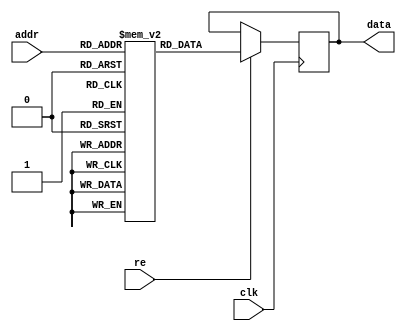
module rom16x8 (clk, re, addr, data); 
  input  clk; 
  input  re; 
  input  [3:0] addr; 
  output [7:0] data; 
  reg [7:0] ROM [15:0]; 
  reg [7:0] data;

  initial 
  begin
    ROM[ 0] = 8'h01; ROM[ 1] = 8'h02; ROM[ 2] = 8'h04; ROM[ 3] = 8'h08;
    ROM[ 4] = 8'h10; ROM[ 5] = 8'h20; ROM[ 6] = 8'h40; ROM[ 7] = 8'h80;
    ROM[ 8] = 8'h01; ROM[ 9] = 8'h03; ROM[10] = 8'h07; ROM[11] = 8'h0F;
    ROM[12] = 8'h1F; ROM[13] = 8'h3F; ROM[14] = 8'h7F; ROM[15] = 8'hFF;
  end

  always @(posedge clk) 
  begin 
    if (re) 
      data <= ROM[addr];
  end
   
endmodule